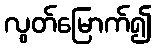
လွတ်မြောက်၍